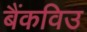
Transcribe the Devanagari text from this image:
बैंकविउ